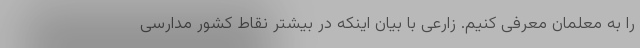
را به معلمان معرفی کنیم. زارعی با بیان اینکه در بیشتر نقاط کشور مدارسی